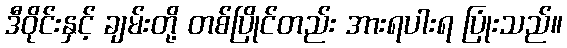
ဒီဝိုင်းနှင့် ချမ်းတို့ တစ်ပြိုင်တည်း အားရပါးရ ပြုံးသည်။